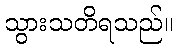
သွားသတိရသည်။